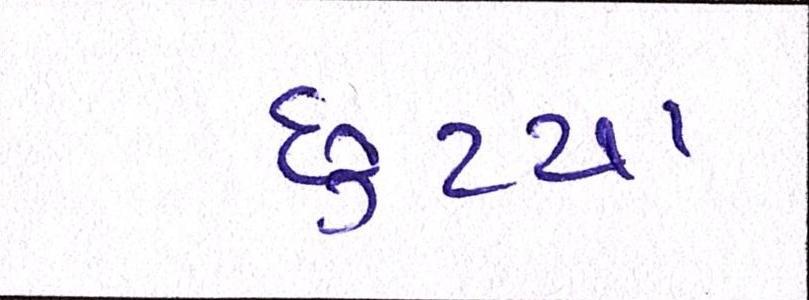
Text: છુટ્યા